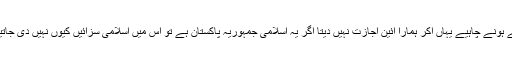
اگر گناہ سب کے سامنے ہوتا ہے تو اس کی سزا بھی سب کے سامنے ہونے چاہیے یہاں آکر ہمارا آئین اجازت نہیں دیتا اگر یہ اسلامی جمہوریہ پاکستان ہے تو اس میں اسلامی سزائیں کیوں نہیں دی جاتیں اور اگر یہ جمہوریہ ملک ہے تو یہاں جمہور کا قتل عام کیوں ہے؟